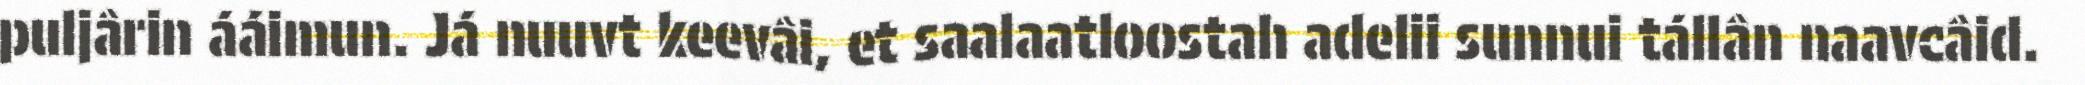
puljârin ááimun. Já nuuvt keevâi, et saalaatloostah adelii sunnui tállân naavcâid.